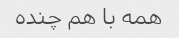
همه با هم چنده